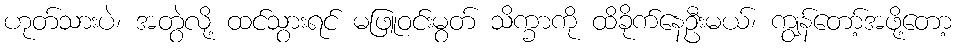
ဟုတ်သားပဲ၊ အတွဲလို့ ထင်သွားရင် မဖြူဝင်းမွတ် သိက္ခာကို ထိခိုက်နေဦးမယ်၊ ကျွန်တော့်အဖို့တော့